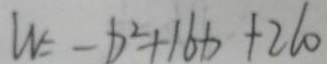
W = - b ^ { 2 } + 1 6 x + 2 1 0